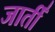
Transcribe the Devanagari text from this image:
जातीँ